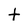
Character: t